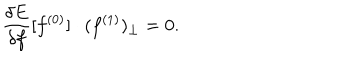
\frac { \delta E } { \delta f } [ f ^ { ( 0 ) } ] \cdot ( f ^ { ( 1 ) } ) _ { \perp } = 0 .